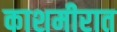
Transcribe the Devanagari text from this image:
काशमीरात